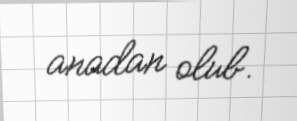
anadan olub.